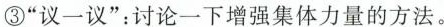
③”议一议”：讨论一下增强集体力量的方法。